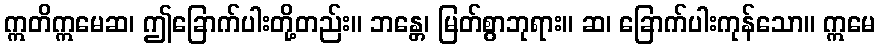
ဣတိဣမေဆ၊ ဤခြောက်ပါးတို့တည်း။ ဘန္တေ၊ မြတ်စွာဘုရား။ ဆ၊ ခြောက်ပါးကုန်သော။ ဣမေ